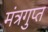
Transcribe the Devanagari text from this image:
मंत्रगुप्त